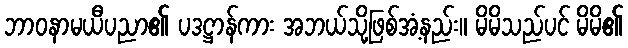
ဘာဝနာမယီပညာ၏ ပဒဋ္ဌာန်ကား အဘယ်သို့ဖြစ်အံ့နည်း။ မိမိသည်ပင် မိမိ၏